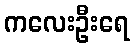
ကလေးဦးရေ